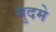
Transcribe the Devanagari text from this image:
मुदमे